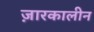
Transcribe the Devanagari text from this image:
ज़ारकालीन